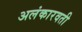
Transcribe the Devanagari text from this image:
अलंकारवती